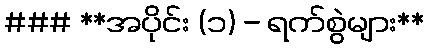
### **အပိုင်း (၁) - ရက်စွဲများ**